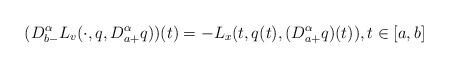
LaTeX: \begin{align*}(D_{b-}^{\alpha} L_{v}(\cdot,q,D_{a+}^{\alpha}q) )(t)=-L_{x}(t,q(t),(D_{a+}^{\alpha}q)(t)),t\in [a,b] \end{align*}